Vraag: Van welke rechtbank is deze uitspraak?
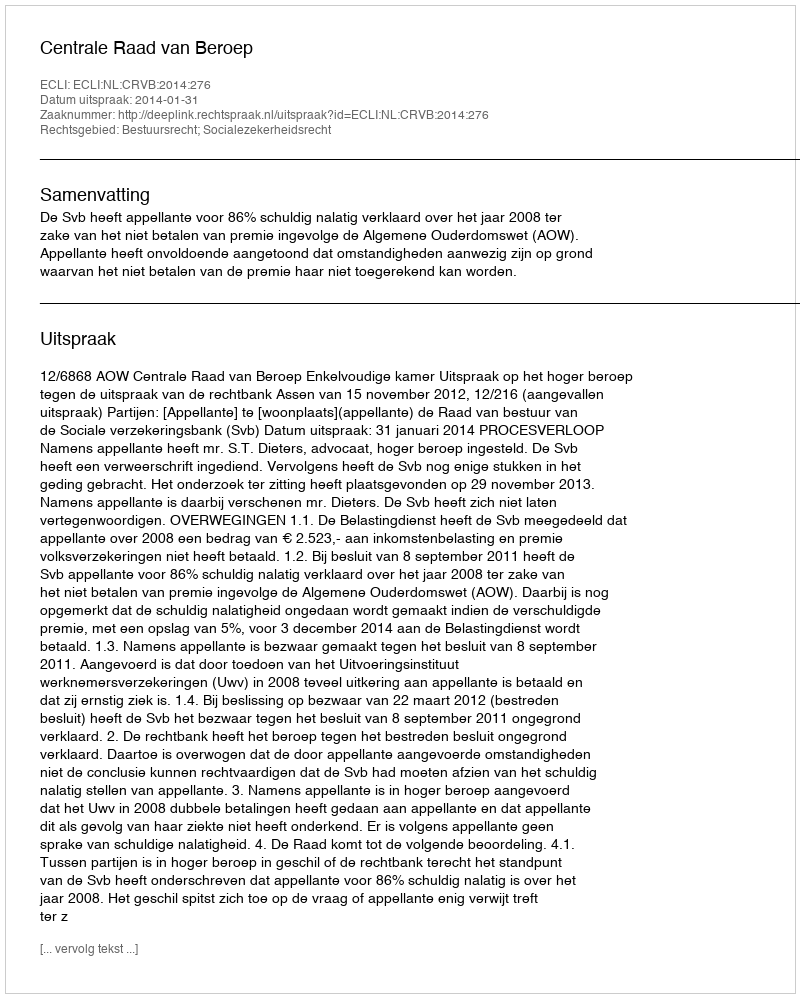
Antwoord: Centrale Raad van Beroep